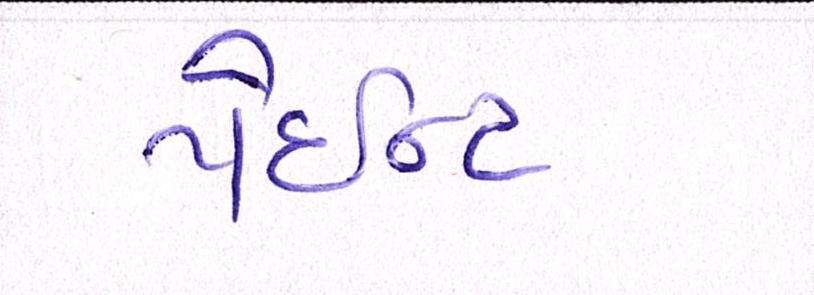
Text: પેઇન્ટ